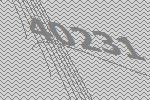
40231